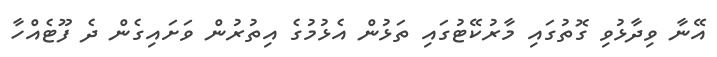
އޭނާ ވިދާޅުވި ގޮތުގައި މާރުކޭޓުގައި ތަޅުން އެޅުމުގެ އިތުރުން ވަށައިގެން ދެ ފޫޓެއްހާ